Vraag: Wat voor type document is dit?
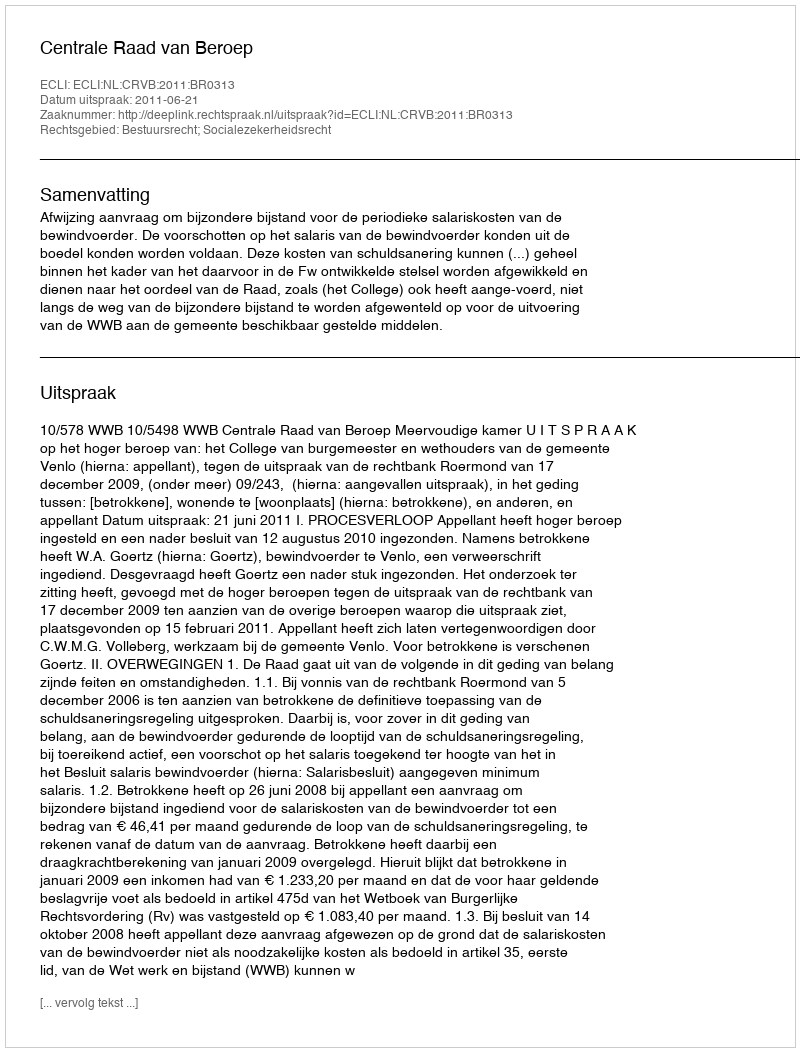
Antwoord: Uitspraak